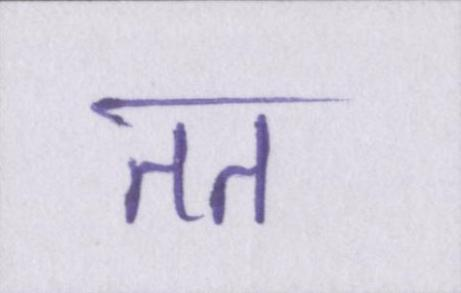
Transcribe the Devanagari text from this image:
तत